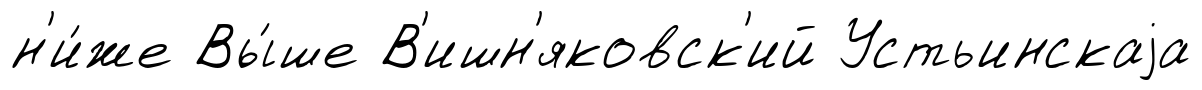
н'и́же Вы́ше В'ишн'яковск'ий Устьинскаjа